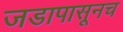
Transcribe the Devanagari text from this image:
जडापासूनच